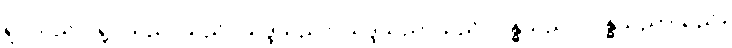
ရူပသညာ၊ ရူပသညာသည်။ သဒ္ဒသညာ၊ သဒ္ဒသညာသည်။ ဂန္ဓသညာ၊ ဂန္ဓသညာသည်။